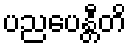
ပညပေန္တီတိ